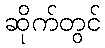
ဆိုက်တွင်